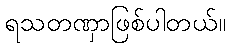
ရသတဏှာဖြစ်ပါတယ်။